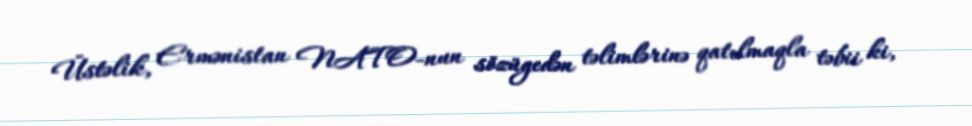
Üstəlik, Ermənistan NATO-nun sözügedən təlimlərinə qatılmaqla təbii ki,